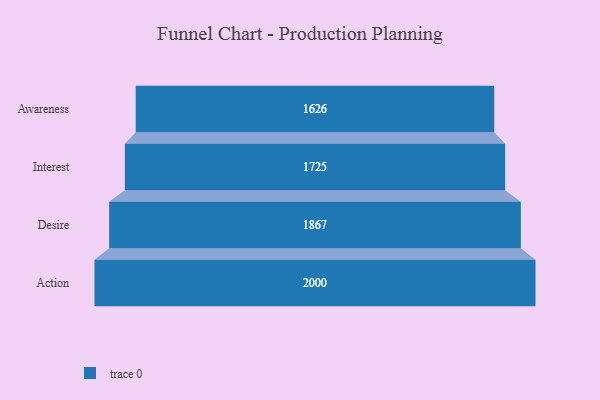
{"axis": {"x": "Stage", "y": "Value"}, "legend": [""], "data": [{"x": "Awareness", "y": 1626.0, "type": ""}, {"x": "Interest", "y": 1725.0, "type": ""}, {"x": "Desire", "y": 1867.0, "type": ""}, {"x": "Action", "y": 2000, "type": ""}]}